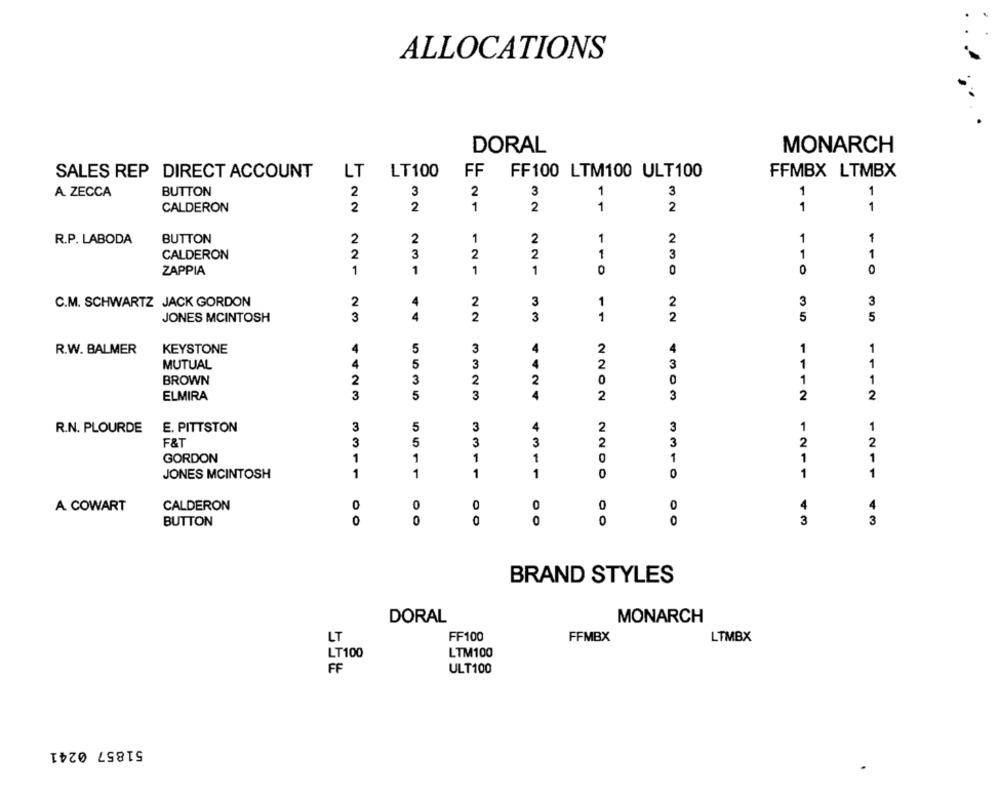
ALLOCATIONS
DORAL
MONARCH
SALES REP DIRECT ACCOUNT
LT
LT100
FF
FF100 LTM100 ULT100
FFMBX LTMBX
A ZECCA
BUTTON
2
CALDERON
32
1
32
11
11
22
11
32
BUTTON
1
R.P. LABODA
CALDERON
23
22
- 1
ZAPPIA
221
1
21
1
230
-10
10
C.M. SCHWARTZ JACK GORDON
3
JONES MCINTOSH
23
44
22
33
11
22
5
35
R.W. BALMER
KEYSTONE
3
1
MUTUAL
55
3
44
43
1
BROWN
3
O
111
1
ELMIRA
4423
5
23
24
2202
3
2
2
R.N. PLOURDE
E. PITTSTON
3
3
3
1
1
F&T
3
5 5
3
43
3
GORDON
1
1
1
220
1
21
JONES MCINTOSH
1
1
11
1
0
O
1
211
A COWART
CALDERON
0
0
0
0
4
BUTTON
0
0
0
0
O
00
43
3
BRAND STYLES
DORAL
MONARCH
LT
FF100
FFMBX
LTMBX
LT100
LTM100
FF
ULT100
51857 0241